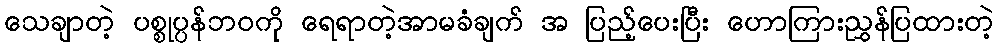
သေချာတဲ့ ပစ္စုပ္ပန်ဘဝကို ရေရာတဲ့အာမခံချက် အ ပြည့်ပေးပြီး ဟောကြားညွှန်ပြထားတဲ့